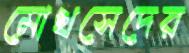
মোখসেদের